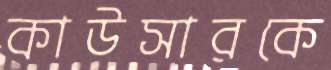
কাউসারকে